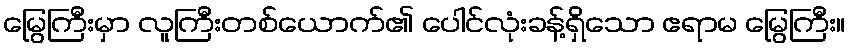
မြွေကြီးမှာ လူကြီးတစ်ယောက်၏ ပေါင်လုံးခန့်ရှိသော ဧရာမ မြွေကြီး။